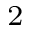
_ 2